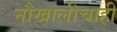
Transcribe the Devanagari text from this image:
नौखालीचाही